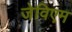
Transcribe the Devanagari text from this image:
जेविएम